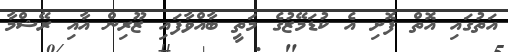
އަތުގައި އޮތް ފޮށި އެ ކުޑަމޭޒުގެ މަތީ ބާއްވާފައި ޒޫރިން އާއި ރޭޝްމާ